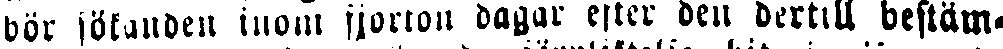
bör sökanden inom fjorton dagar efter den dertill bestäm-